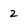
Character: 2